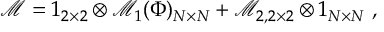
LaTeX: \mathcal { M } = 1 _ { 2 \times 2 } \otimes \mathcal { M } _ { 1 } ( \Phi ) _ { N \times N } + \mathcal { M } _ { 2 , 2 \times 2 } \otimes 1 _ { N \times N } \ ,